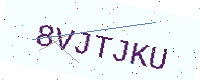
Text: 8VJTJKU